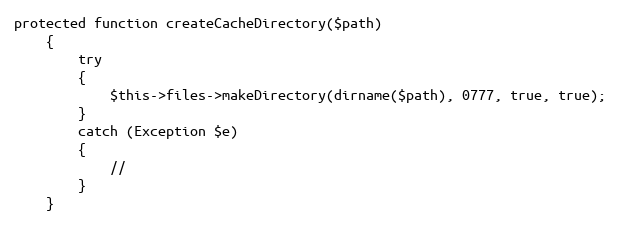
Language: PHP
protected function createCacheDirectory($path)
	{
		try
		{
			$this->files->makeDirectory(dirname($path), 0777, true, true);
		}
		catch (Exception $e)
		{
			//
		}
	}